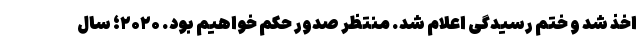
اخذ شد و ختم رسیدگی اعلام شد. منتظر صدور حکم خواهیم بود. ۲۰۲۰؛ سال